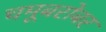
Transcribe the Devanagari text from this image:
चमूबरोबर